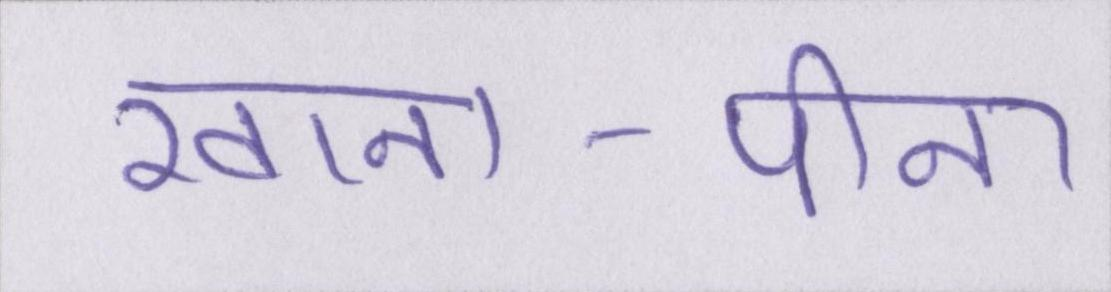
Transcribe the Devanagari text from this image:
खाना-पीना